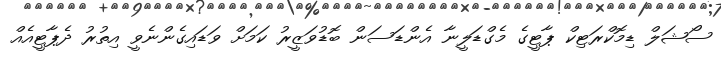
ސޯޝަލް ޑިމޮކްރަޓިކް ޕާޓީގެ މެގްޑަލީނާ އެންޑަސަން ބޮޑުވަޒީރު ކަމަށް ވަޑައިގެންނެވީ އިތުރު ދެޕާޓީއެއް